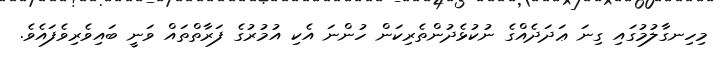
މިހިނގާލުމުގައި ގިނަ ޢަދަދެއްގެ ނުކުޅެދުންތެރިކަން ހުންނަ އެކި އުމުރުގެ ފަރާތްތައް ވަނީ ބައިވެރިވެފައެވެ.